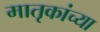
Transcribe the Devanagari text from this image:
मातृकांच्या